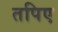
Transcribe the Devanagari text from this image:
तपिए